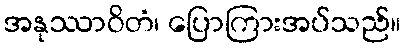
အနုဿာဝိတံ၊ ပြောကြားအပ်သည်။